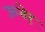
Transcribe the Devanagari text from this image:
ऊबेर्